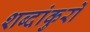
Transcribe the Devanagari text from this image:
शब्दांकुरों